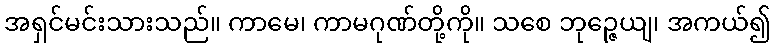
အရှင်မင်းသားသည်။ ကာမေ၊ ကာမဂုဏ်တို့ကို။ သစေ ဘုဉ္ဇေယျ၊ အကယ်၍